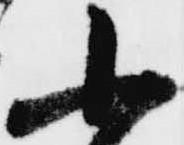
小